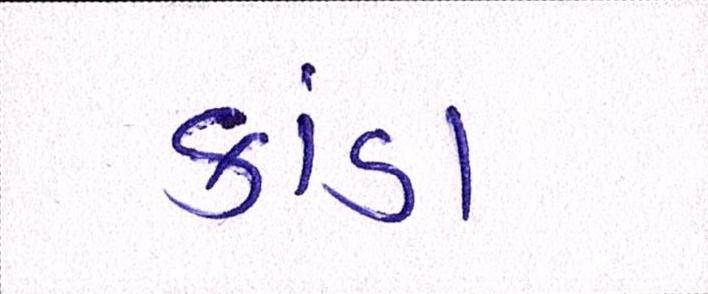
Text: કાંડા